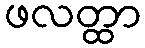
ဖလတ္ထာ